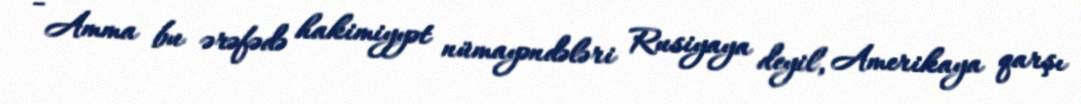
- Amma bu ərəfədə hakimiyyət nümayəndələri Rusiyaya deyil, Amerikaya qarşı